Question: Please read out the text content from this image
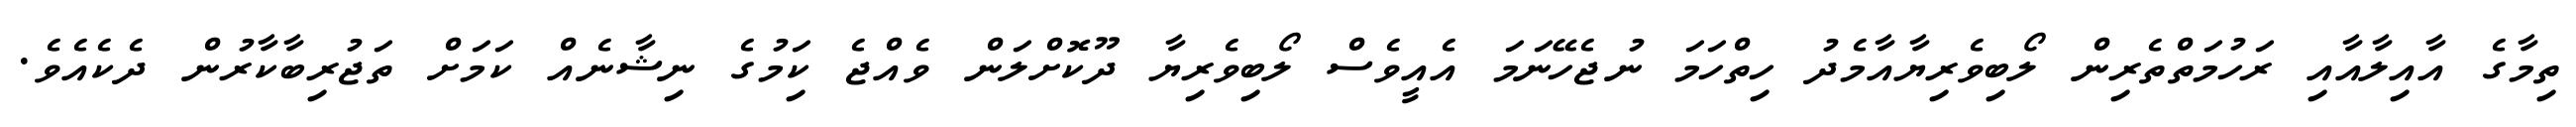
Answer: ތިމާގެ އާއިލާއާއި ރަހުމަތްތެރިން ލޯބިވެރިޔާއާމެދު ހިތްހަމަ ނުޖެހޭނަމަ އެއީވެސް ލޯބިވެރިޔާ ދޫކޮށްލަން ވެއްޖެ ކިަމުގެ ނިޝާނެއް ކަމަށް ތަޖުރިބާކާރުން ދެކެއެވެ.